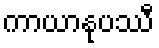
ကာယာနုပဿီ